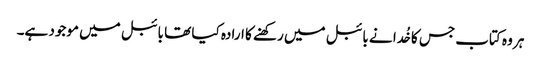
ہر وہ کتاب جس کا خُدا نے بائبل میں رکھنے کا ارادہ کیا تھا بائبل میں موجود ہے۔